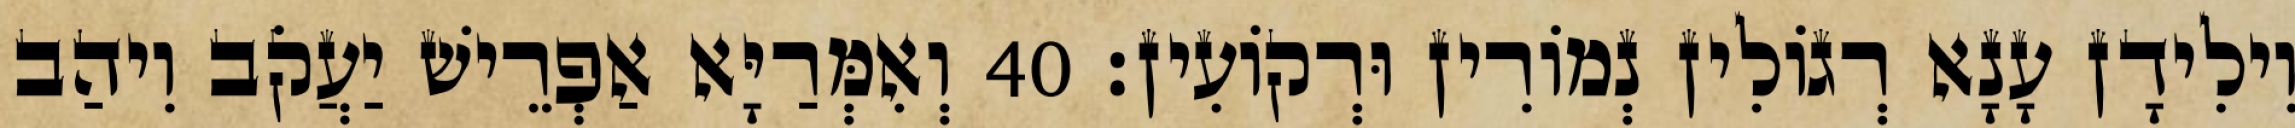
וִילִידָן עָנָא רְגוֹלִין נְמוֹרִין וּרְקוֹעִין׃ 40 וְאִמְּרַיָּא אַפְרֵישׁ יַעֲקֹב וִיהַב